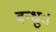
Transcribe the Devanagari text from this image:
बन्धुः।